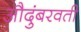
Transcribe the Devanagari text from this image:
औदुंबरवती